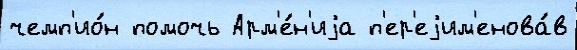
чемп'ио́н помочь Арм'е́н'иjа п'ер'еjим'енова́в